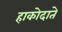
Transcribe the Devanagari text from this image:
हाकोदाते